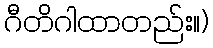
ဂီတိဂါထာတည်း။)